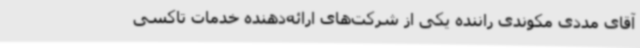
آقای مددی مکوندی راننده‌ یکی از شرکت‌های ارائه‌دهنده خدمات تاکسی